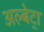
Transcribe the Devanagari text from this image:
अल्बेट्रा